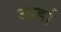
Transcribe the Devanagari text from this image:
आर्डा